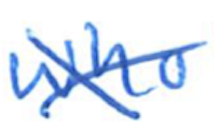
Text: who
Cross-out: cross
Writing tool: ballpoint